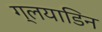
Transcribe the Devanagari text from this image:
ग्लयाडिन